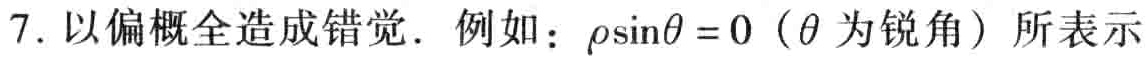
7. 以偏概全造成错觉．例如：\(\rho\sin\theta = 0\)（\(\theta\)为锐角）所表示